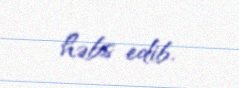
həbs edib.